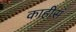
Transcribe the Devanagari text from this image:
काहीसं